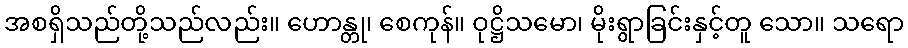
အစရှိသည်တို့သည်လည်း။ ဟောန္တု၊ စေကုန်။ ဝုဋ္ဌိသမော၊ မိုးရွာခြင်းနှင့်တူ သော။ သရော